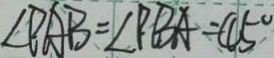
\angle P A B = \angle P B A = 4 5 ^ { \circ }